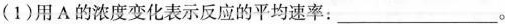
(1)用A的浓度变化表示反应的平均速率：____。